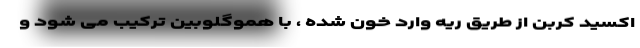
اکسید کربن از طریق ریه وارد خون شده ، با هموگلوبین ترکیب می شود و